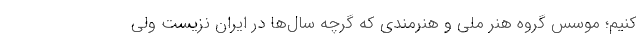
‌کنیم؛ موسس گروه هنر ملی و هنرمندی که گرچه سال‌ها در ایران نزیست ولی